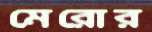
মেরোর